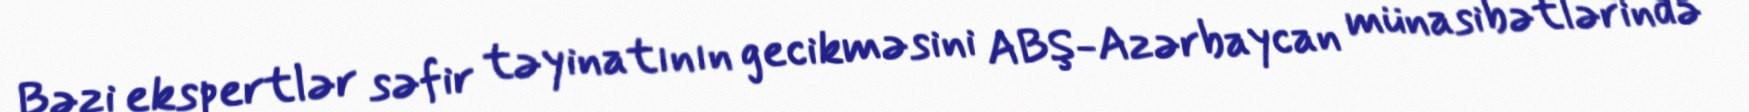
Bəzi ekspertlər səfir təyinatının gecikməsini ABŞ-Azərbaycan münasibətlərində